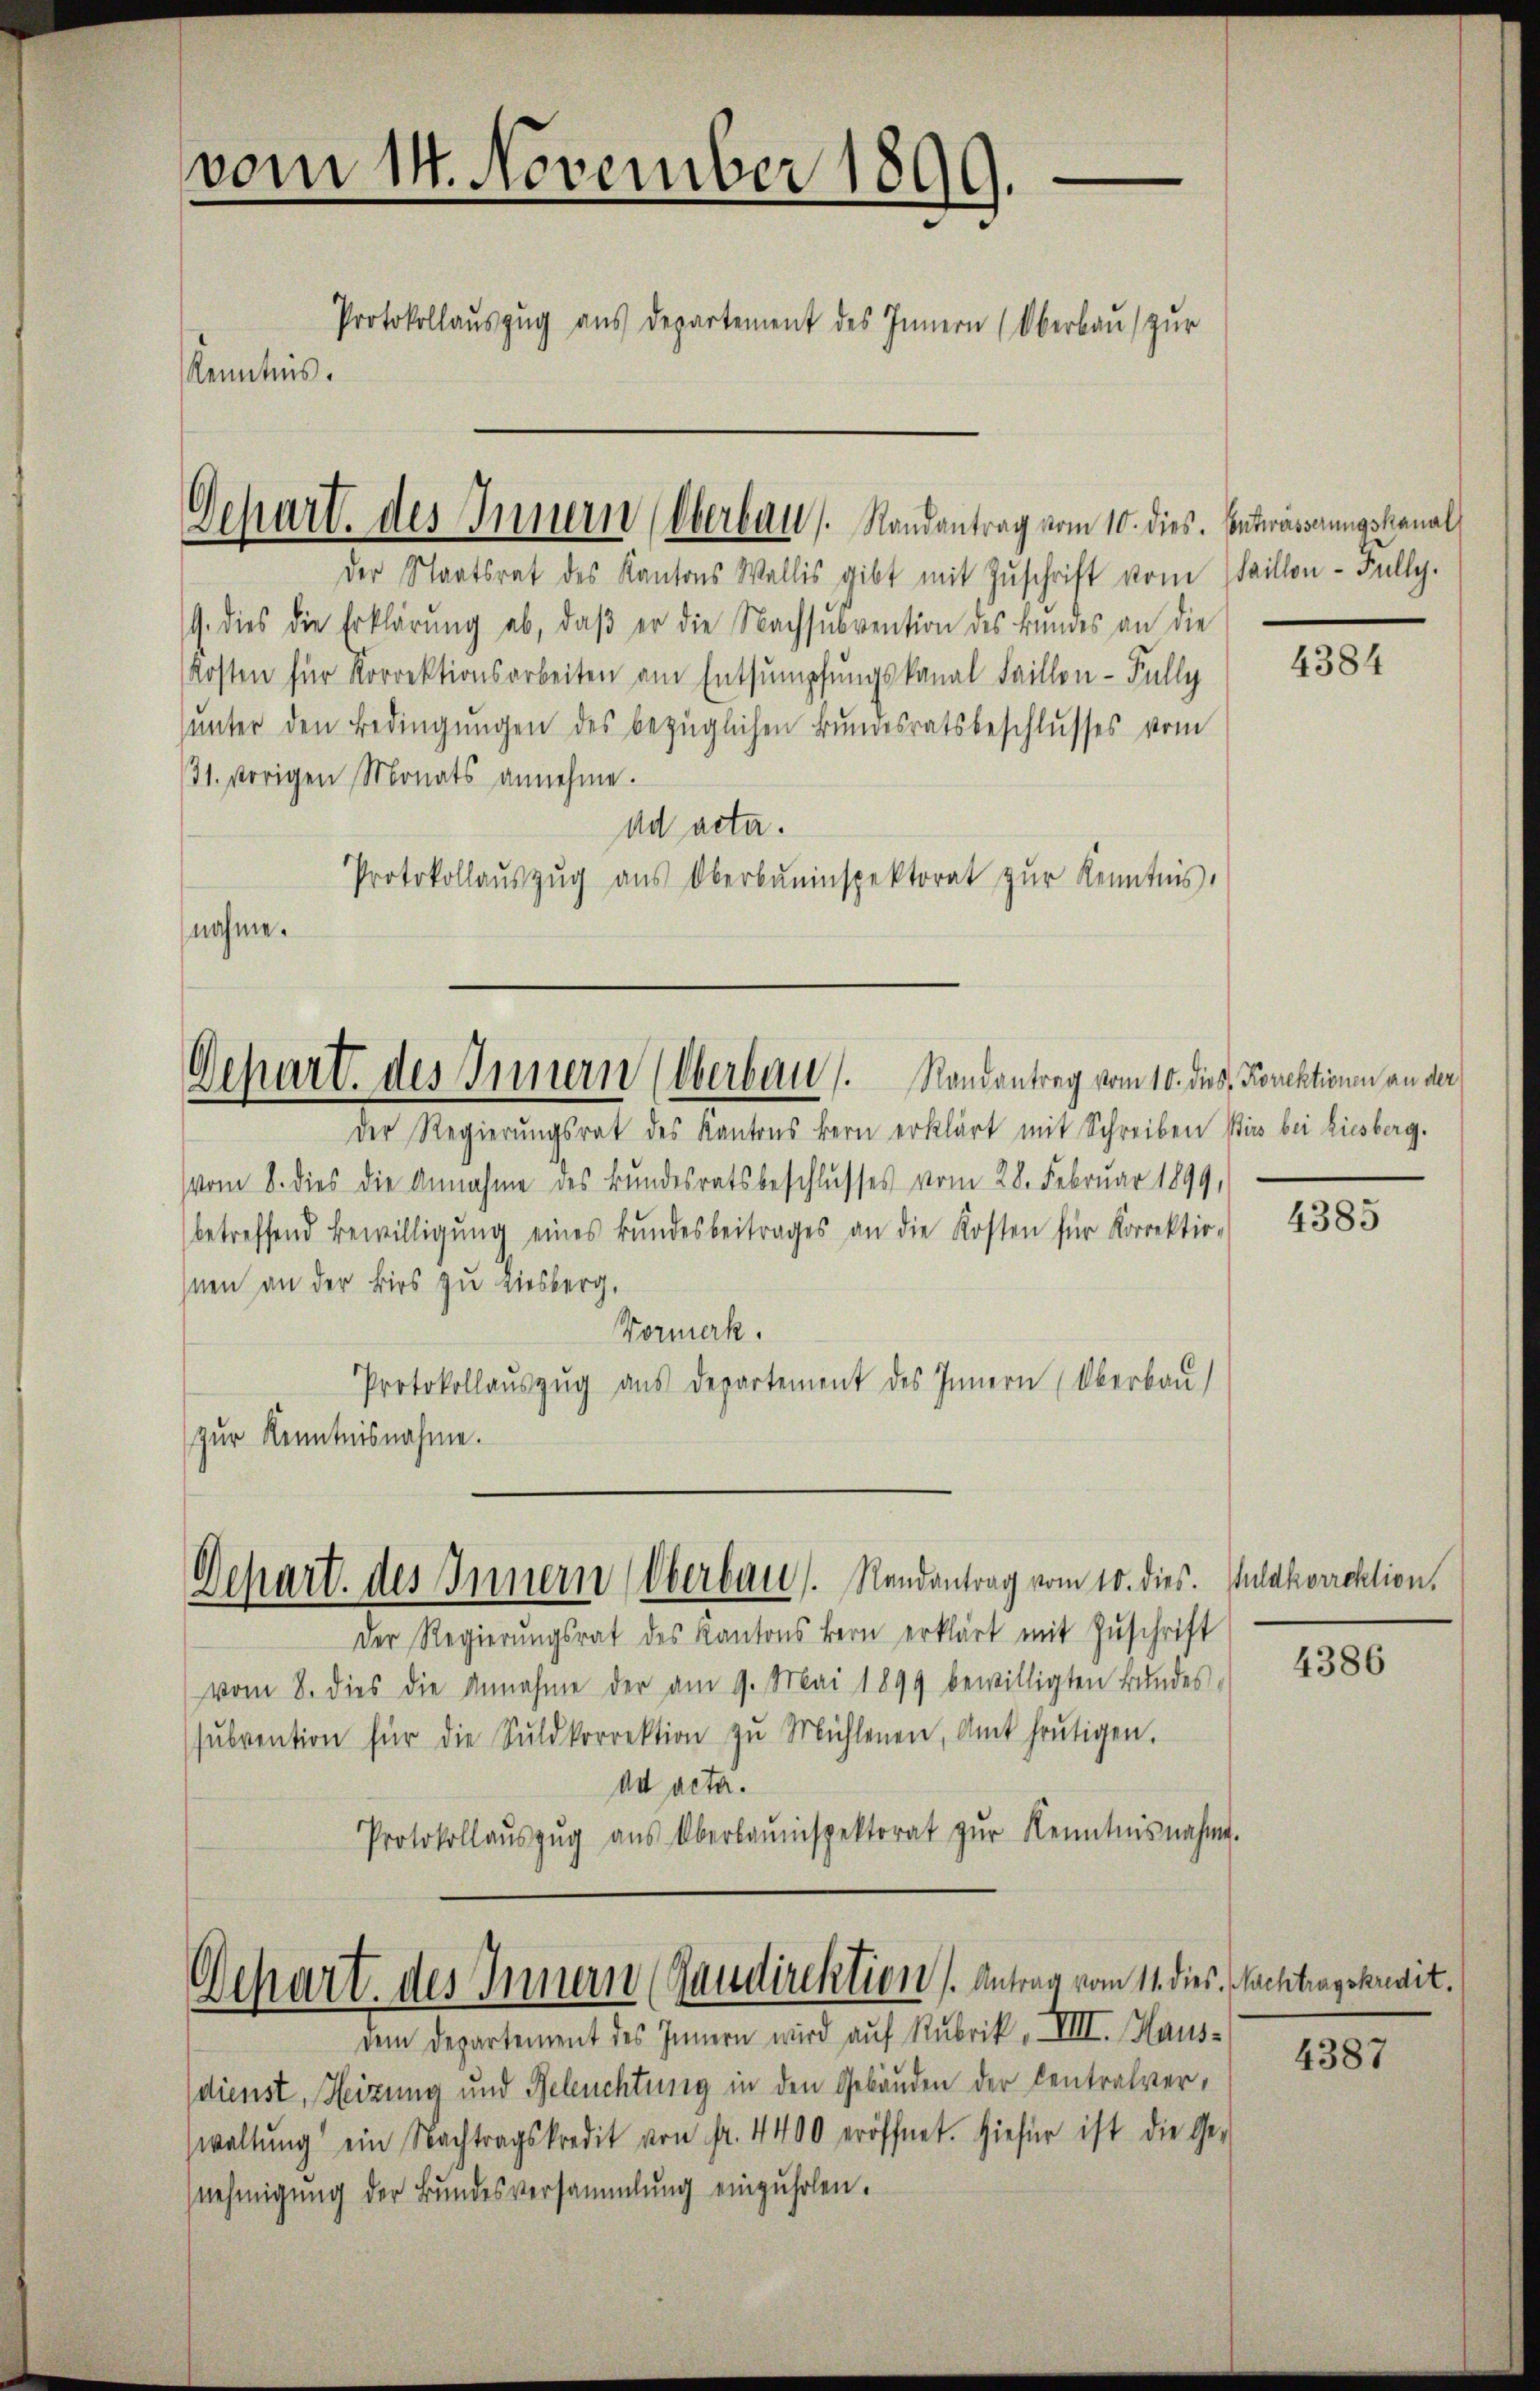
vom 14. November 1899.
Protokollauszug aus Departement des Innern (Oberbau zur
Kenntnis.

der Staatsrat des Kantons Wallis gibt mit Zuschrift vom Staillon - Fully.
G. dies die Erklärŭng ab, daβ er die Nachsubvention des Bundes an die
Kosten für Korrektionsarbeiten am Entsumpfungskanal Faillon - Fully
unter den Bedingungen des bezüglichen Bundesratsbeschlusses vom
(31. vorigen Monats annehme.
ad acta.
Protokollaŭszŭg aŭs Oberbauinspektorat zŭr Kenntnis.
nahme.

Dehart. des Innern (Oberbaus Randantrag vom 10. dies. Entwässerungskanal

Gehart. des Innern Oberbau   Randantrag vom 10. dies, Forektionen an der

Dchart. des Innern (Oberbau. Randantrag vom 10. dies. Inlakorrektion,

Der Regierungsrat des Kantons Bern erklärt mit Schreiben Wir bei Liesberg.
vom 8. dies die Annahme des Bundesratsbeschlusses vom 28. Februar 1899,
betreffend Bewilligŭng eines Bŭndesbeitrages an die Kosten für Korrektio-
hnen an der Birs zu Liesberg.
Vormerk.
Protokollauszug aus Departement des Innern (Oberbau
zur Kenntnisnahme.

Der Regierŭngsrat des Kantons Bern erklärt mit Zŭschrift
vom 8. dies die Annahme der am 9. Mai 1899 bewilligten Bŭndes-
sŭbvention für die Sŭldkorrektion zŭ Mühlenen, Amt heŭtigen.
ad acta.
Protokollaŭszŭg aŭs Überbauinspektorat zŭr Kenntnisnahme.

Schart. des Innern (Haudirektion. Antrag vom 11. dies Nachtragskrait.

dem Departement des Innern wird auf Rubrik, VIII. Haus-
dienst, Heizung und Beleuchtung in den Gebäuden der Centralverwaltŭng ein Nachtragskredit von fr. 4400 eröffnet. Hiefür ist die Ge-
nehmigung der Bundesversammlung einzuholen.

4384

4385

4386

4387